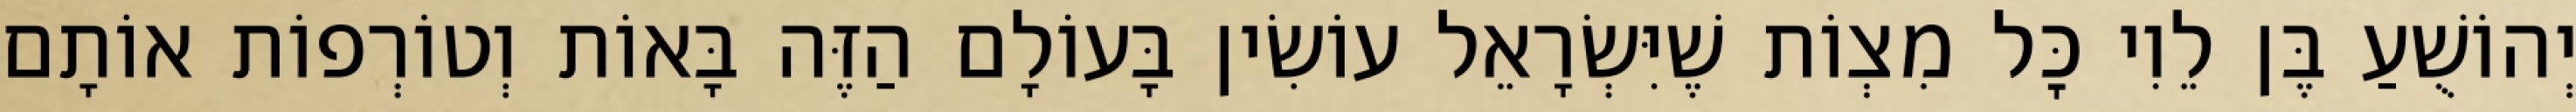
יְהוֹשֻׁעַ בֶּן לֵוִי כׇּל מִצְוֹת שֶׁיִּשְׂרָאֵל עוֹשִׂין בָּעוֹלָם הַזֶּה בָּאוֹת וְטוֹרְפוֹת אוֹתָם